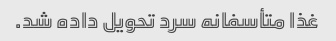
غذا متأسفانه سرد تحویل داده شد.